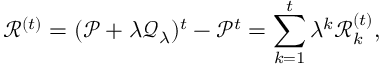
\mathcal { R } ^ { ( t ) } = ( \mathcal { P } + \lambda \mathcal { Q } _ { \lambda } ) ^ { t } - \mathcal { P } ^ { t } = \sum _ { k = 1 } ^ { t } \lambda ^ { k } \mathcal { R } _ { k } ^ { ( t ) } ,